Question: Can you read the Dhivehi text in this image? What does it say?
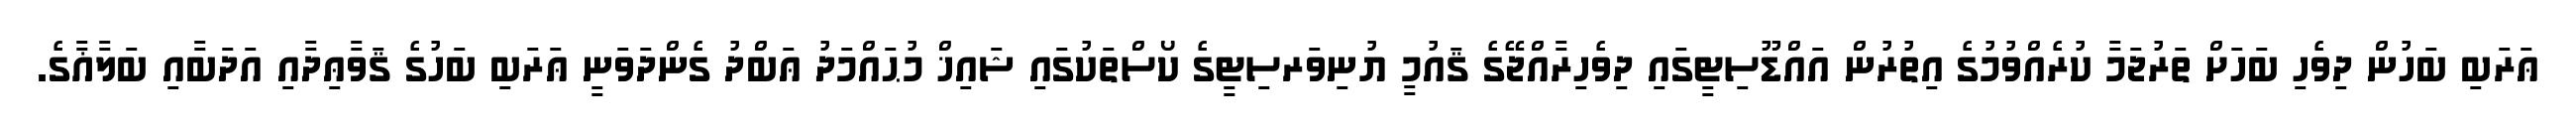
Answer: ޢަރަބި ބަހުން ދިވެހި ބަހަށް ތަރުޖަމާ ކުރެއްވުމުގެ އިތުރުން އައްޑޫސިޓީގައި ދިވެހިރާއްޖޭގެ ޤައުމީ ޔުނިވަރސިޓީގެ ކޯސްތަކުގައި ޝައިޚް މުޙައްމަދު ޢަބްދު ގެންދަވަނީ ޢަރަބި ބަހުގެ ޤަވާޢިދާއި އަދަބާއި ބަލާޣާގެ.